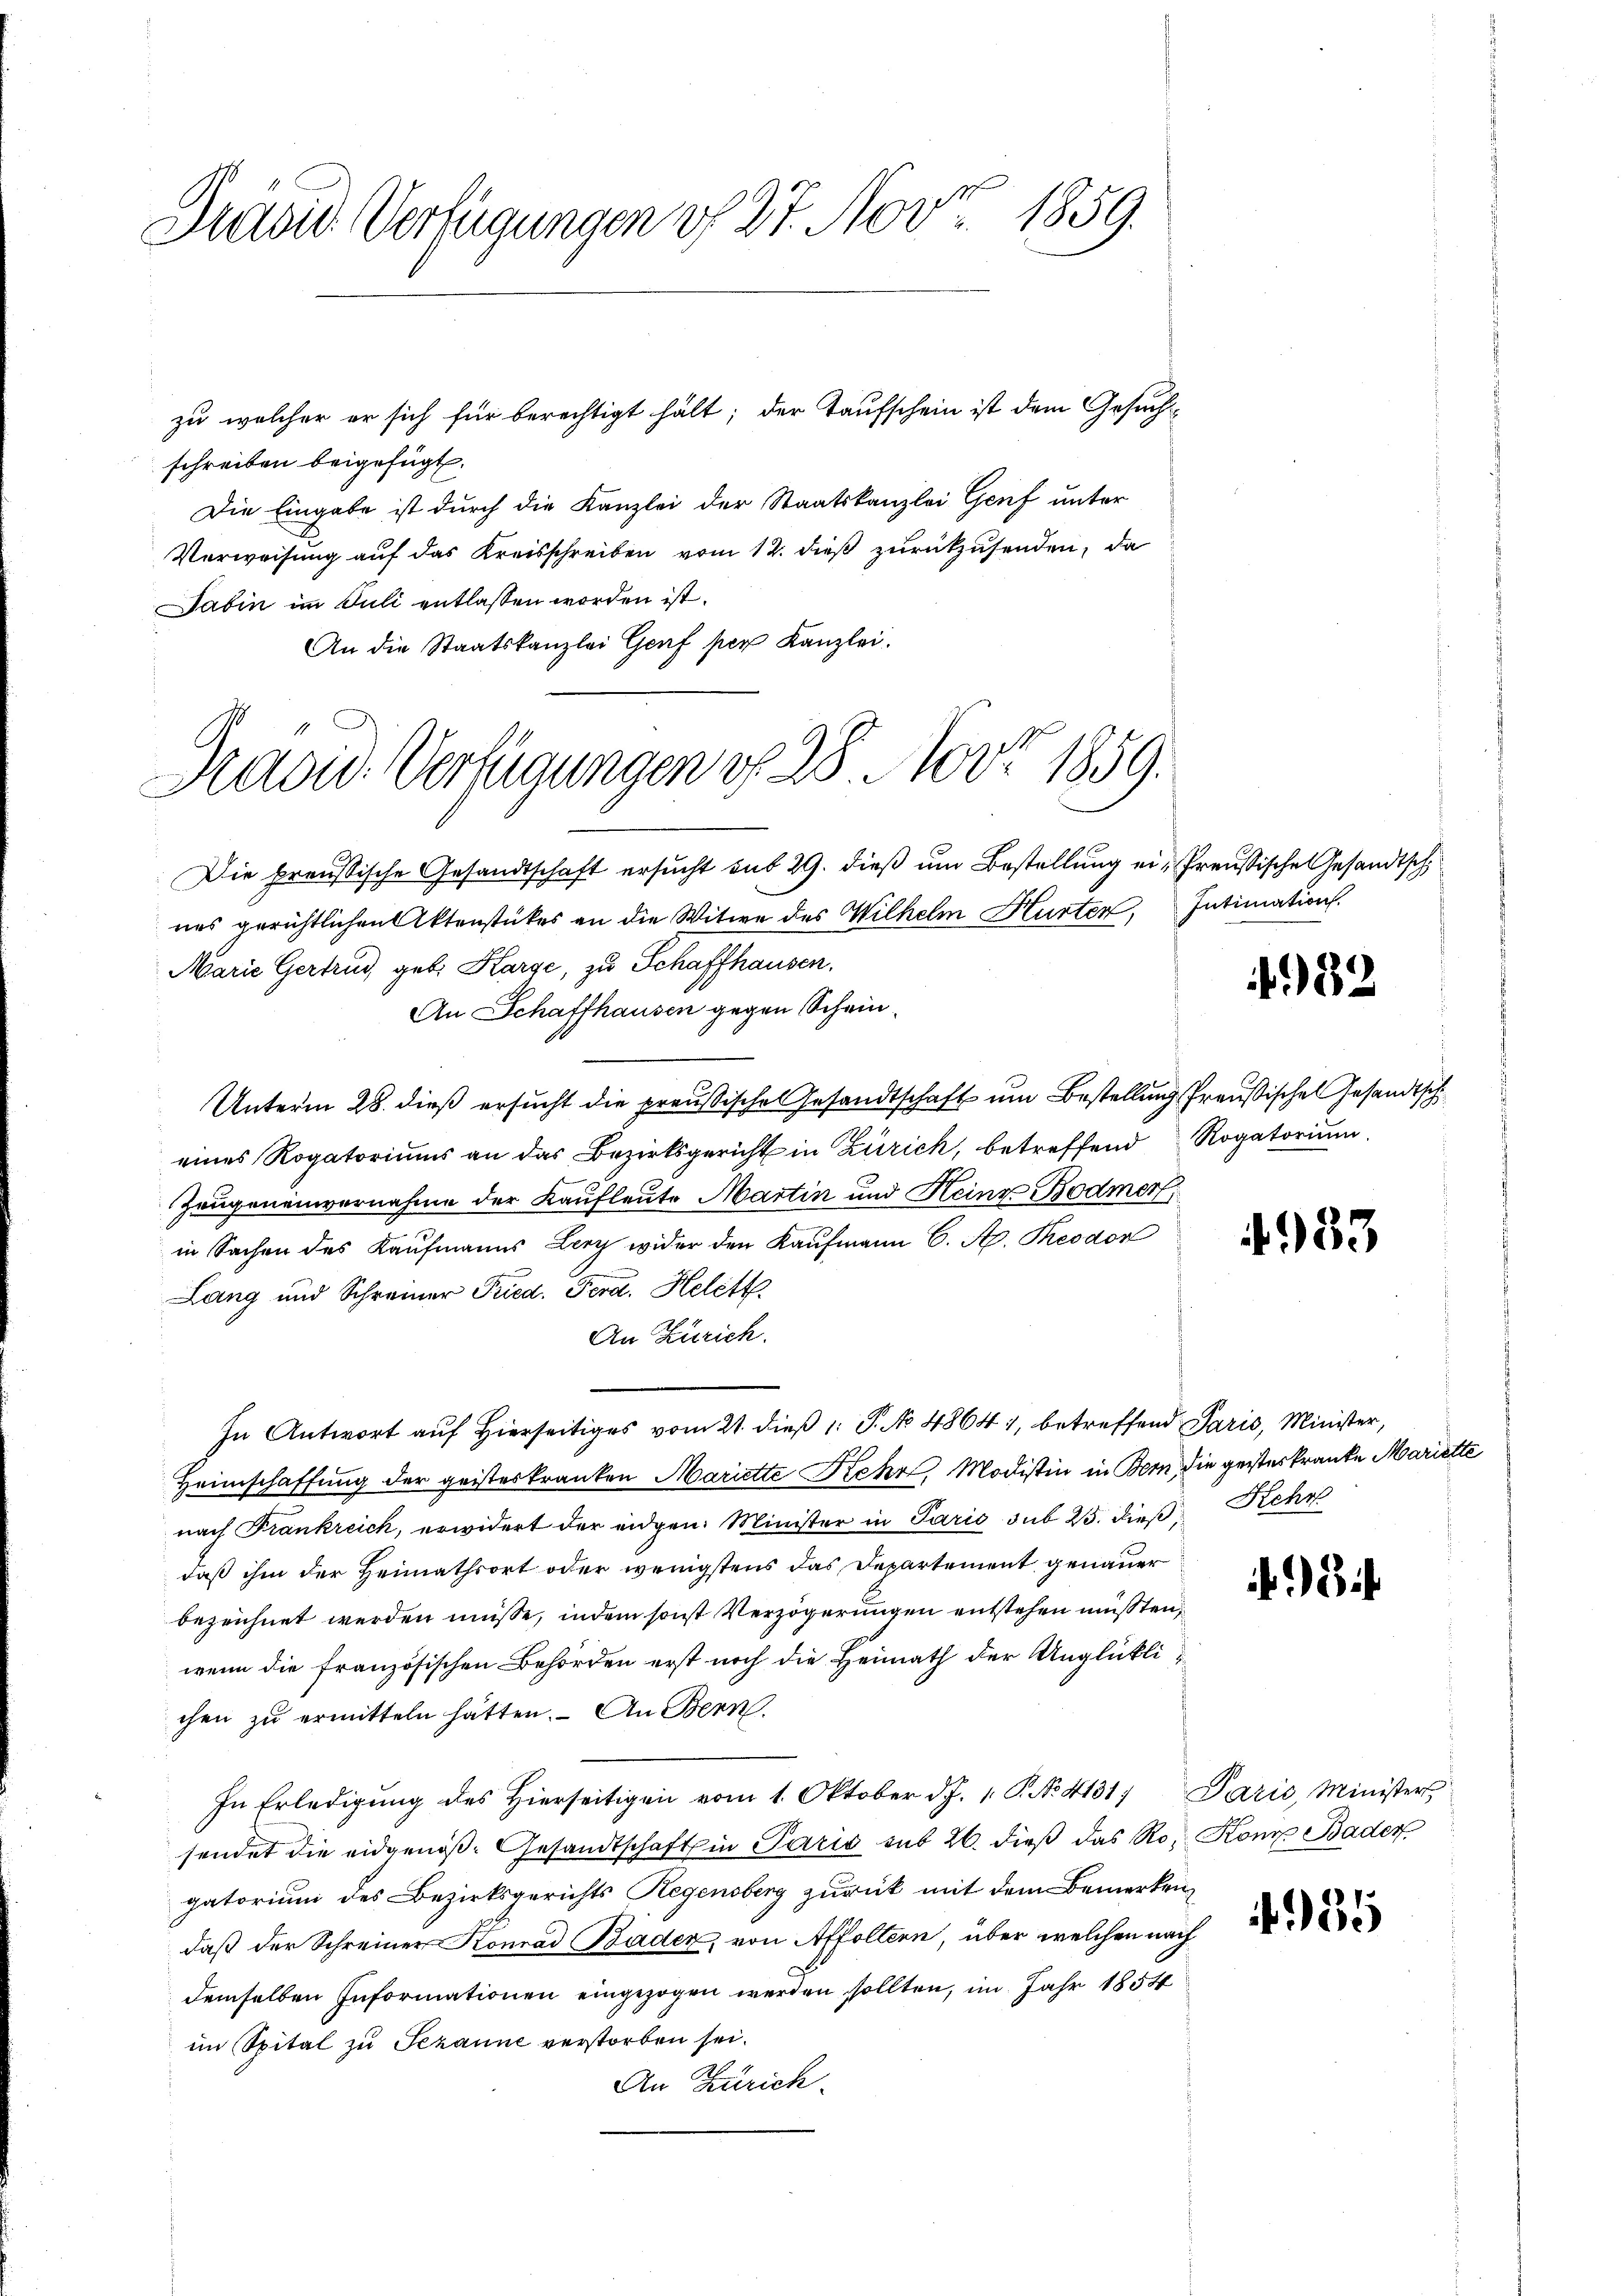
Pravid Verfügungen v. 27. Nov. 1859.

schreiben beigefügt.
Die Eingabe ist durch die Kanzlei der Staatskanzlei Genf unter
Verweisung auf das Kreisschreiben vom 12. dieß zurückzusenden, da
Sabin im Juli entlassen worden ist.
An die Staatskanzlei Genf per Kanzlei.

zu welcher er sich für berechtigt hält; der Taufschein ist dem Gesuch¬

Hadw. Verfügungen d. 28. Nov. 1859.

In Antwort auf Hierseitiges vom 21. dieß 1: P. No 4864), betreffend Paris, Minister,

Die preussische Gesandtschaft ersucht sub 29. dieß um Bestellung ein Preußische Gesandtsch
nes gerichtlichen Aktenstückes an die Witwe des Wilhelm Hurter, Intimation.
Marie Gertrud, geb. Karge, zu Schaffhausen.
An Schaffhausen gegen Schein
Unterm 28. dieß ersucht die preußisches Gesandtschaft um Bestellung Preußisches Gesandtsch
eines Rogatoriums an das Bezirksgericht in Zürich, betreffend Rogatorium
Zeugeneinvernahme der Kaufleute Martin und Heinz Bodmer,
in Sachen des Kaufmanns Lery wider den Kaufmann C. A. Theodor
Lang und Schreiner Fried. Ferd. Helett
An Zürich.
Heimschaffung der geisteskranken Mariette Kehr, Modistin in Bern die gesterkranke Mariette
nach Frankreich, erwidert der eidgen. Minister in Paris sub 25. dieß Kehr
daß ihm der Heimathsort oder wenigstens das Departement genauer
bezeichnet werden müsse, indem sonst Verzögerungen entstehen müßten,
wenn die französischen Behörden erst noch die Heimath der Unglücklichen zu ermitteln hätten. - An Bern.
In Erledigŭng des hierseitigen vom 1. Oktober d. J. 1. P. No. 4131. Paris, Minister
sendet die eidgenöß- Gesandtschaft in Paris sub 26. dieß das Ro- Konz Bader
gatorium des Bezirksgerichts Regensberg zurück mit dem Bemerken
daß der Schreiner Konrad Bader, von Affoltern, über welchen nach
demselben Informationen eingezogen werden sollten, im Jahr 1854
im Spital zu Sezaune verstorben sei.
An Zürich.

482

983

335